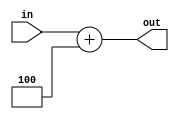
`timescale 1ns / 1ps


module Adder4(in, out);

    input  [31:0] in;
    output [31:0] out;

    assign out = in + 4;

endmodule